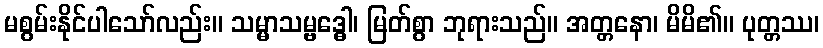
မစွမ်းနိုင်ပါသော်လည်း။ သမ္မာသမ္ဗဒ္ဓေါ၊ မြတ်စွာ ဘုရားသည်။ အတ္တနော၊ မိမိ၏။ ပုတ္တဿ၊